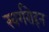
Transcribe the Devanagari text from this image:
स्वर्गरोहन